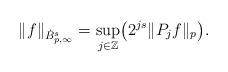
LaTeX: \begin{align*} \| f \|_{\dot B^s_{p,\infty} } = \sup_{j\in \mathbb Z} \bigl( 2^{js} \| P_j f \|_{p} \bigr).\end{align*}